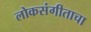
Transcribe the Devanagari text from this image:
लोकसंगीताचा